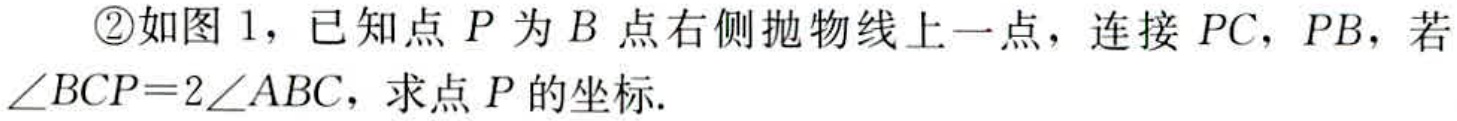
\textcircled{2}如图 1，已知点 \(P\) 为 \(B\) 点右侧抛物线上一点，连接 \(PC\)，\(PB\)，若\(\angle BCP = 2\angle ABC\)，求点 \(P\) 的坐标.